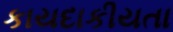
કાયદાકીયતા